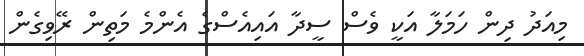
މިއަދު ދިން ހަމަލާ އަކީ ވެސް ސީދާ އައިއެސްގެ އެންމެ މަތިން ރޭވިގެން